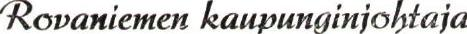
Rovaniemen kaupunginjohtaja